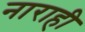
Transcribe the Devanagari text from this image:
नाराही